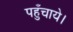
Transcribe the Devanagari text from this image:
पहुँचाये।